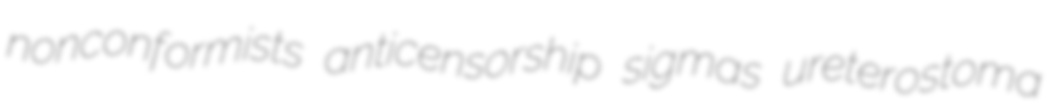
nonconformists anticensorship sigmas ureterostoma